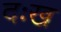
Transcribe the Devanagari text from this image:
दःख